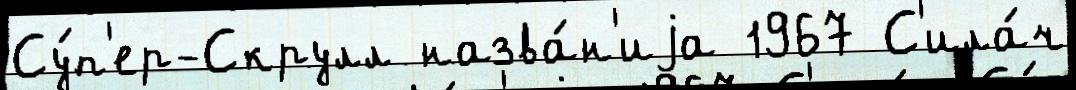
Су́п'ер-Скрулл назва́н'иjа 1967 С'ила́ч